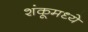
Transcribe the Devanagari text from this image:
शंकूमध्ये